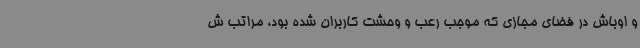
و اوباش در فضای مجازی که موجب رعب و وحشت کاربران شده بود، مراتب ش